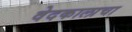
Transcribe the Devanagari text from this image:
वेदकालाचा